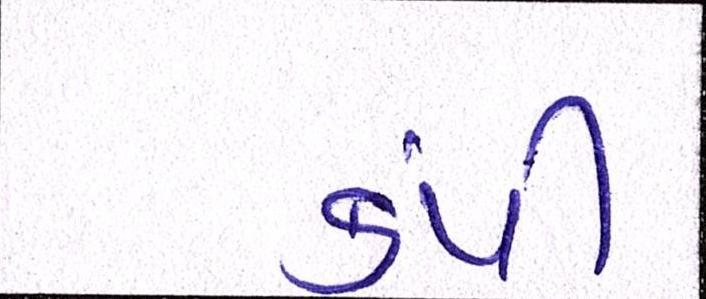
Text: કંપી